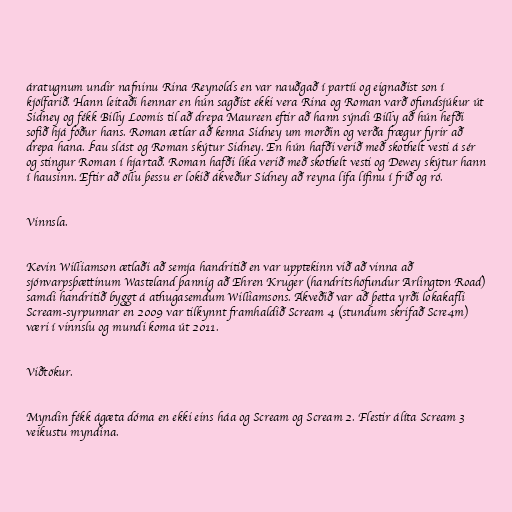
áratugnum undir nafninu Rina Reynolds en var nauðgað í partíi og eignaðist son í
kjölfarið. Hann leitaði hennar en hún sagðist ekki vera Rina og Roman varð öfundsjúkur út
Sidney og fékk Billy Loomis til að drepa Maureen eftir að hann sýndi Billy að hún hefði
sofið hjá föður hans. Roman ætlar að kenna Sidney um morðin og verða frægur fyrir að
drepa hana. Þau slást og Roman skýtur Sidney. En hún hafði verið með skothelt vesti á sér
og stingur Roman í hjartað. Roman hafði líka verið með skothelt vesti og Dewey skýtur hann
í hausinn. Eftir að öllu þessu er lokið ákveður Sidney að reyna lifa lífinu í frið og ró.

Vinnsla.

Kevin Williamson ætlaði að semja handritið en var upptekinn við að vinna að
sjónvarpsþættinum Wasteland þannig að Ehren Kruger (handritshöfundur Arlington Road)
samdi handritið byggt á athugasemdum Williamsons. Ákveðið var að þetta yrði lokakafli
Scream-syrpunnar en 2009 var tilkynnt framhaldið Scream 4 (stundum skrifað Scre4m)
væri í vinnslu og mundi koma út 2011.

Viðtökur.

Myndin fékk ágæta dóma en ekki eins háa og Scream og Scream 2. Flestir álíta Scream 3
veikustu myndina.